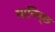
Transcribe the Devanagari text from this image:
मानिन्छ